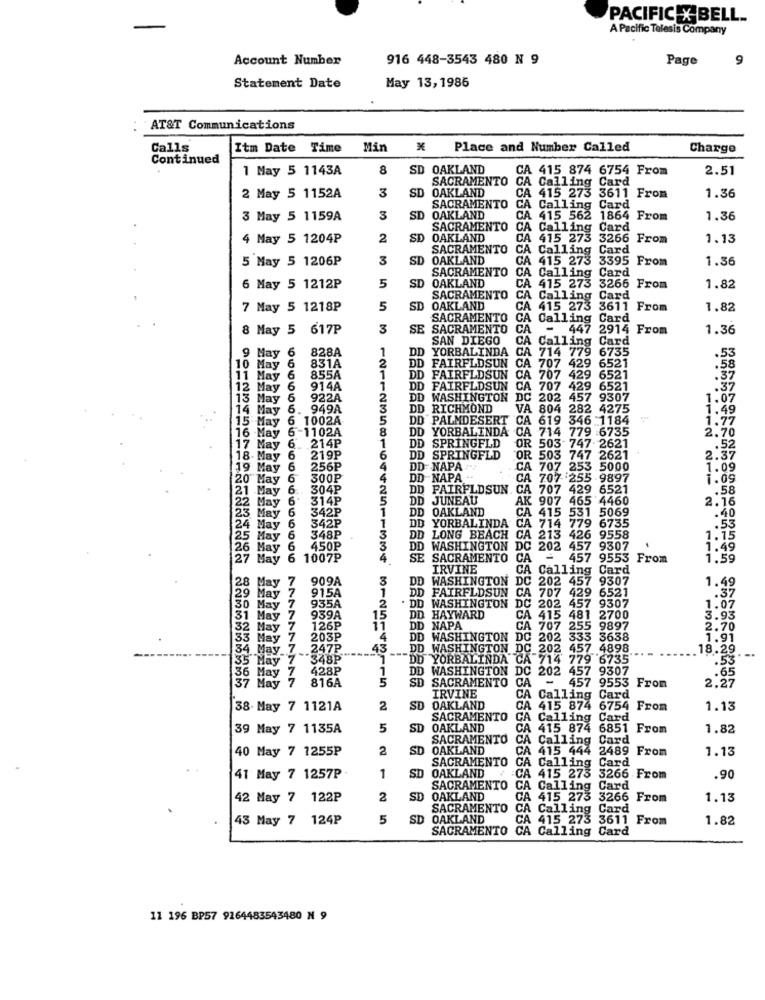
PACIFIC X BELL ..
A Pacific Telesis Company
Account Number
916 448-3543 480 N 9
Page
9
May 13, 1985
Statement Date
AT&T Communications
Calls
Itm Date Time
Min
Place and Number Called
Charge
Continued
1 May 5 1143A
8
SD OAKLAND
CA 415 874 6754 From
2.51
SACRAMENTO CA Calling Card
SD OAKLAND
1.36
2 May 5 1152A
3
CA 415 273 3611 From
SACRAMENTO
CA Calling Card
3 May 5 1159A
3
SD
OAKLAND
CA
415 562
1864 From
1.36
SACRAMENTO
CA Calling Card
4 May 5 1204P
2
SD
OAKLAND
CA
415 273
3266
From
1.13
SACRAMENTO
Card
5 May 5 1206P
3
SD
OAKLAND
CA Calling
GA
415 273
3395 From
1.36
SACRAMENTO
OAKLAND
CA Calling Card
6 May 5 1212P
5
SD
CA 415 273 3266 From
1.82
SACRAMENTO
CA Calling Card
7 May 5 1218P
5
SD
OAKLAND
CA
415 273
3611 From
1.82
SACRAMENTO
CA Calling Card
8 May 5 617P
3
SE SACRAMENTO
CA
-
447 2914 From
1.36
SAN DIEGO
CA
Calling Card
9 May 6
828A
YORBALINDA CA 714
779
6735
831A
1
DD
.53
10 May 6
2
1
DD FAIRFLDSUN
DD FAIRFLDSUN CA 707 429 6521
.58
11 May 6
855A
DD FAIRFLDSUN
429 6521
.37
12 May 6
914A
1
DD FAIRFLDSUN
CA 707 429 6521
.37
13 May
6
922A
2
DD WASHINGTON
DD WASHINGTON DC 202 457 9307
1.07
14 May 6. 949A
3
DD RICHMOND
VA 804 282 4275
1.49
1002A
5
DD PALMDESERT
CA
619 346 -1184
1.77
15 May
8
D YORBALINDA CA 714 779 :6735
2.70
16 May 6-1102A
17 May 6. 214P
1
DD SPRINGFLD
OR 503 747 2621
.52
18- May 6
219P
6
DD SPRINGFLD
OR 503
747 2621
2.37
19 May 6
256P
4
DD NAPA
CA 707 253 5000
1.09
20 May 6
300₽
4
DD NAPA -
CA 707255 -9897
1.09
21 May 6. 304P
2
DD FAIRFLDSUN. CA 707 429 6521
.58
314P
DD JUNEAU
AK 907 465 4460
2.16
122
23 May 6
342P
DD OAKLAND
CA 415 5
1 5069
.40
DD YORBALINDA CA 714 779 6735
.53
24 May 6 342P
9 6735
25 May 6
348P
3
DD LONG BEACH CA 213 426 9558
1.15
26 May 6 450P
3
DD WASHINGTON
DC 202 457 9307
1.49
27 May 6
1007₽
4
SE SACRAMENTO
CA
457 9553 From
1.59
IRVINE
CA Calling Card
909A
3
DD WASHINGTON DC 202 457 9307
1.49
29 May 7
28 May 7
1
DD FAIRFLDSUN
1 707
429 6521
.37
915A
. DD WASHINGTON
DC 202 457
9307
30 May 7
935A
2
1.07
31 May 7 939A
15
DD HAYWARD
CA 415 481 2700
3.93
32 May 7 126P
i1
DD NAPA
CA 707 255 9897
2.70
33 May 7 203P
4
DD WASHINGTON DC 202 333 3638
DD
1.91
34 May 7 .247P
43
DD WASHINGTON DC 202 457 4898
DD WASHINGTON
202 457 4898
18.29.
135 May 7
348P
DD
YORBALINDA CA 714 779 6735
.53
...
428P
DD WASHINGTON DC 202 457 9307
36 May 7
816A
SD SACRAMENTO CA
SD
CA
-
2.27
.65
37 May
457 9553 From
IRVINE
CA Calling Card
38. May 7 1121A
2
SD
OAKLAND
CA 415 874 6754 From
1.13
SACRAMENTO
CA Calling Card
39 May 7 1135A
5
SD
OAKLAND
CA
415 874 6851 From
1.82
SACRAMENTO
Card
40 May 7 1255P
2
SD
OAKLAND
CA Calling
CA
415 444
2489 From
1.13
SACRAMENTO
CA
Card
OAKLAND
Calling
41 May 7 1257P
1
SD
CA 415 275 3266 From
.90
SACRAMENTO
CA Calling
Card
42 May 7 122P
2
SD
OAKLAND
CA 415 273
3266 From
1.13
SACRAMENTO
CA
Calling
Card
43 May 7 124P
5
SD
OAKLAND
CA 415 273
3611 From
1.82
SACRAMENTO
CA Calling Card
Card
11 196 BP57 9164483543480 N 9